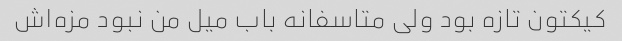
کیکتون تازه بود ولی متاسفانه باب میل من نبود مزه‌اش